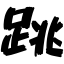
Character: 跳